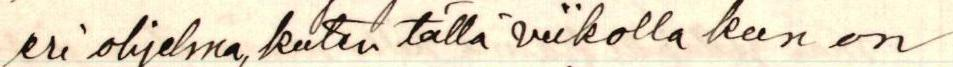
eri ohjelma, kuten tällä viikolla kun on